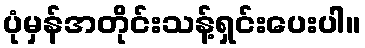
ပုံမှန်အတိုင်းသန့်ရှင်းပေးပါ။